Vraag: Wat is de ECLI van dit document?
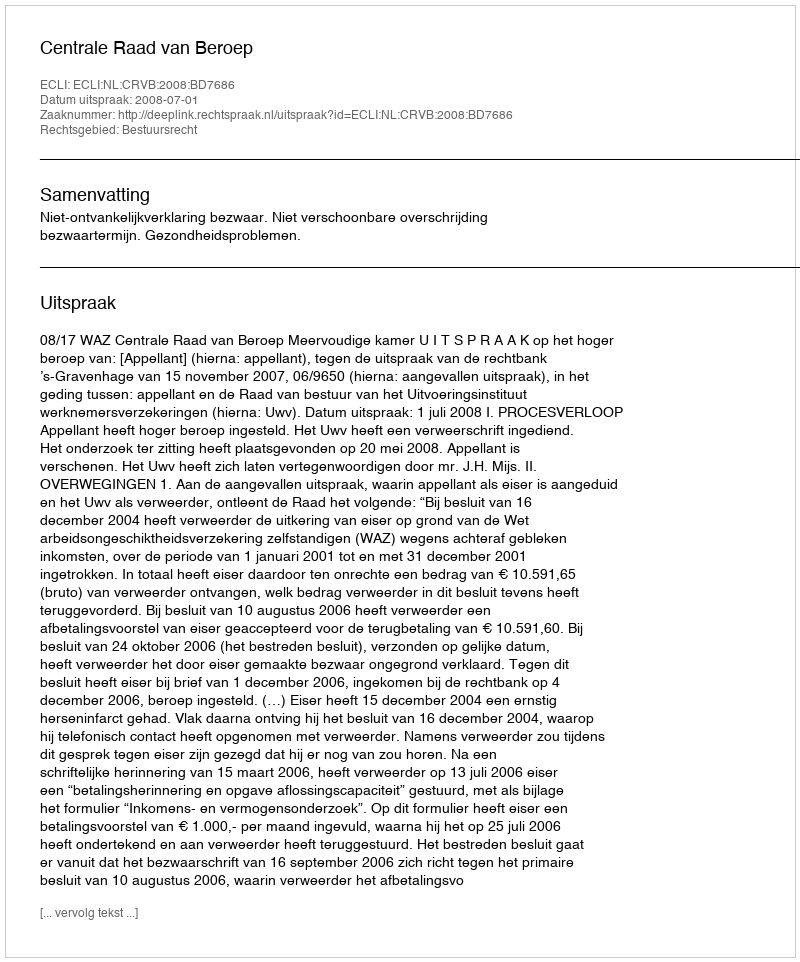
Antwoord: ECLI:NL:CRVB:2008:BD7686